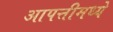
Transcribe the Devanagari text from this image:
आपत्तीमध्ये